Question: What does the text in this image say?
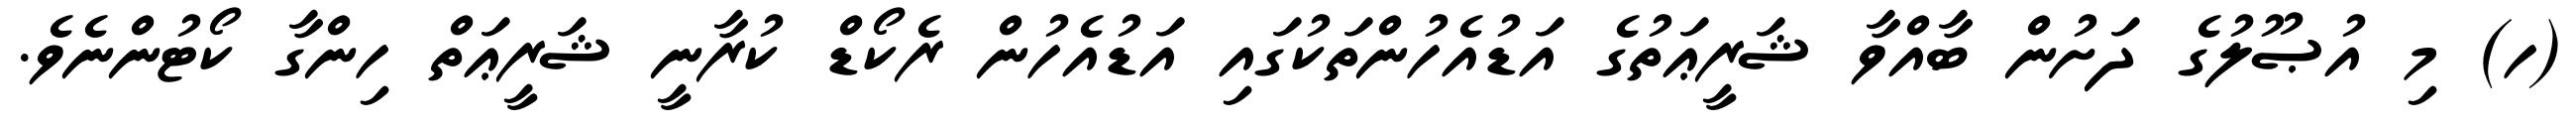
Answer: (ހ) މި އުޞޫލުގެ ދަށުން ބާއްވާ ޝަރީޢަތުގެ އަޑުއެހުންތަކުގައި އަޑުއެހުން ރެކޯޑް ކުރާނީ ޝަރީޢަތް ހިންގާ ކޯޓުންނެވެ.